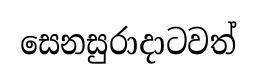
සෙනසුරාදාටවත්